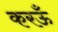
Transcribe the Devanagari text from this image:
करऊँ